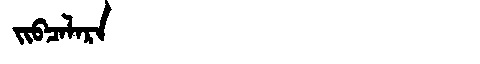
Manchu: ᠵᡳᠪᠴᠠᠯᠠᡵᠠ
Romanization: JIBCALARA